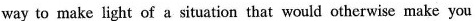
way to make light of a situation that would otherwise make you